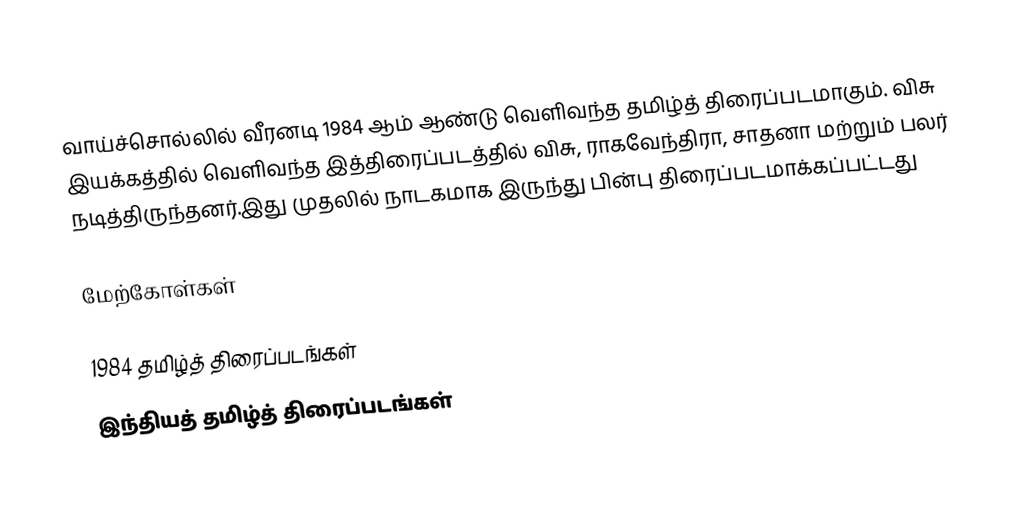
வாய்ச்சொல்லில் வீரனடி 1984 ஆம் ஆண்டு வெளிவந்த தமிழ்த் திரைப்படமாகும். விசு இயக்கத்தில் வெளிவந்த இத்திரைப்படத்தில் விசு, ராகவேந்திரா, சாதனா மற்றும் பலர் நடித்திருந்தனர்.இது முதலில் நாடகமாக இருந்து பின்பு திரைப்படமாக்கப்பட்டது

மேற்கோள்கள்

1984 தமிழ்த் திரைப்படங்கள்
இந்தியத் தமிழ்த் திரைப்படங்கள்